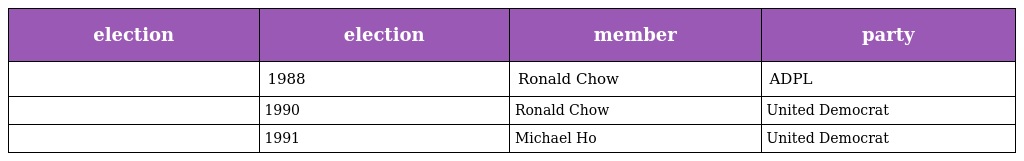
| election | election | member | party |
 | --- | --- | --- | --- |
 |  | 1988 | Ronald Chow | ADPL |
 |  | 1990 | Ronald Chow | United Democrat |
 |  | 1991 | Michael Ho | United Democrat |